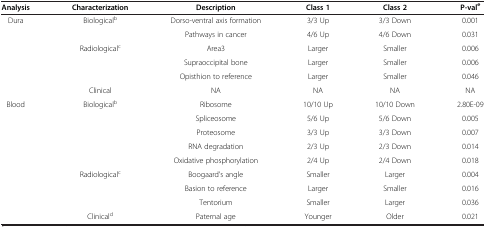
<table><thead><tr><td><b>Analysis</b></td><td><b>Characterization</b></td><td><b>Description</b></td><td><b>Class 1</b></td><td><b>Class 2</b></td><td><b>P-val<sup>e</sup></b></td></tr></thead><tbody><tr><td>Dura</td><td>Biological<sup>b</sup></td><td>Dorso-ventral axis formation</td><td>3/3 Up</td><td>3/3 Down</td><td>0.001</td></tr><tr><td> </td><td> </td><td>Pathways in cancer</td><td>4/6 Up</td><td>4/6 Down</td><td>0.031</td></tr><tr><td> </td><td>Radiological<sup>c</sup></td><td>Area3</td><td>Larger</td><td>Smaller</td><td>0.006</td></tr><tr><td> </td><td> </td><td>Supraoccipital bone</td><td>Larger</td><td>Smaller</td><td>0.006</td></tr><tr><td> </td><td> </td><td>Opisthion to reference</td><td>Larger</td><td>Smaller</td><td>0.046</td></tr><tr><td> </td><td>Clinical</td><td>NA</td><td>NA</td><td>NA</td><td>NA</td></tr><tr><td>Blood</td><td>Biological<sup>b</sup></td><td>Ribosome</td><td>10/10 Up</td><td>10/10 Down</td><td>2.80E-09</td></tr><tr><td> </td><td> </td><td>Spliceosome</td><td>5/6 Up</td><td>5/6 Down</td><td>0.005</td></tr><tr><td> </td><td> </td><td>Proteosome</td><td>3/3 Up</td><td>3/3 Down</td><td>0.007</td></tr><tr><td> </td><td> </td><td>RNA degradation</td><td>2/3 Up</td><td>2/3 Down</td><td>0.014</td></tr><tr><td> </td><td> </td><td>Oxidative phosphorylation</td><td>2/4 Up</td><td>2/4 Down</td><td>0.018</td></tr><tr><td> </td><td>Radiological<sup>c</sup></td><td>Boogaard’s angle</td><td>Smaller</td><td>Larger</td><td>0.004</td></tr><tr><td> </td><td> </td><td>Basion to reference</td><td>Larger</td><td>Smaller</td><td>0.016</td></tr><tr><td> </td><td> </td><td>Tentorium</td><td>Smaller</td><td>Larger</td><td>0.036</td></tr><tr><td> </td><td>Clinical<sup>d</sup></td><td>Paternal age</td><td>Younger</td><td>Older</td><td>0.021</td></tr></tbody></table>